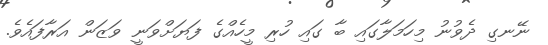
ނޭނގި ދެވުނު މިހަމަލާގައި ބާ ގައި ހުރި މީހެއްގެ ފަޔަށްވަނީ ވަޒަން އަރާފައެވެ.